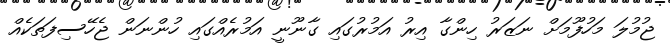
ޖުމުލަ މަހުފޫމަށް ނަޒަރު ހިންގާ އިރު އަމުރުގައި ގާނޫނީ އަމުރެއްގައި ހުންނަން ޖެހޭސިފަތަކެއް